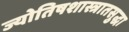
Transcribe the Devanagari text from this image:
ज्योतिषशास्त्रातसुद्धा